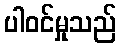
ပါဝင်မှုသည်